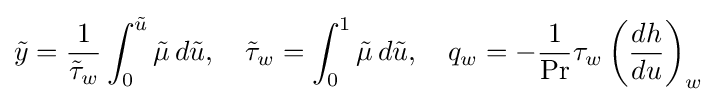
{\tilde {y}}={\frac {1}{{\tilde {\tau }}_{w}}}\int _{0}^{\tilde {u}}{\tilde {\mu }}\,d{\tilde {u}},\quad {\tilde {\tau }}_{w}=\int _{0}^{1}{\tilde {\mu }}\,d{\tilde {u}},\quad q_{w}=-{\frac {1}{\mathrm {Pr} }}\tau _{w}\left({\frac {dh}{du}}\right)_{w}